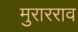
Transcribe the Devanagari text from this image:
मुरारराव